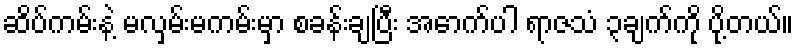
ဆိပ်ကမ်းနဲ့ မလှမ်းမကမ်းမှာ စခန်းချပြီး အောက်ပါ ရာဇသံ ၃ချက်ကို ပို့တယ်။